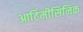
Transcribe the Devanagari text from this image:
आर्टिमीसिनिक